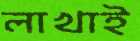
লাখাই